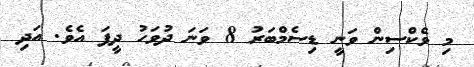
މި ވެކްސިން ވަނީ ޑިސެމްބަރު 8 ވަނަ ދުވަހު ދީފަ އެވެ. އަދި